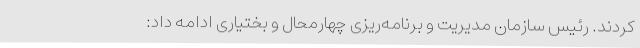
کردند. رئیس سازمان مدیریت و برنامه‌ریزی چهارمحال و بختیاری ادامه داد: